Civil Veterinary Dept. Assam report 1927-50 - 1927-1950
Year: 1927
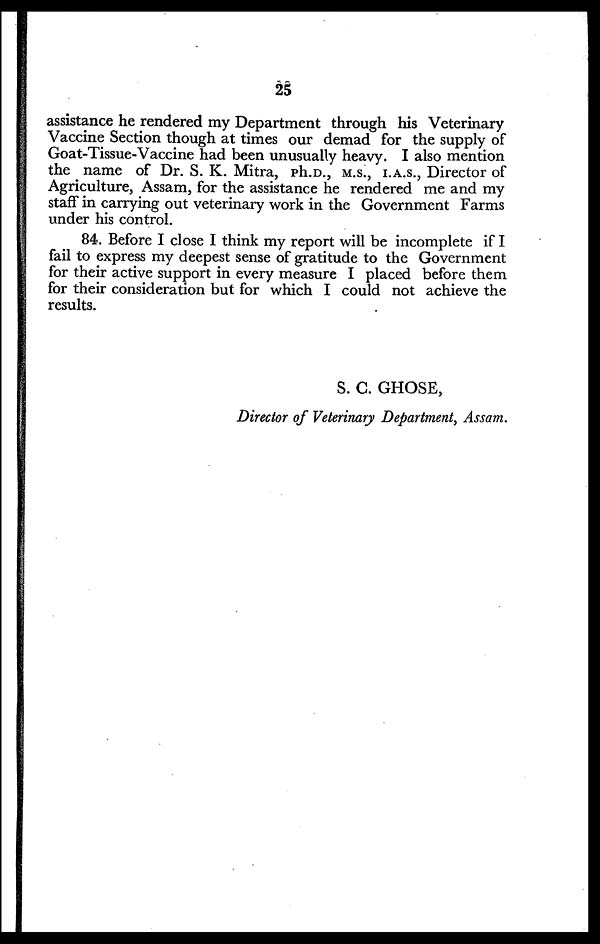
25
assistance he rendered my Department through his Veterinary
Vaccine Section though at times our demad for the supply of
Goat-Tissue-Vaccine had been unusually heavy. I also mention
the name of Dr. S. K. Mitra, Ph.D., M.S., I.A.S., Director of
Agriculture, Assam, for the assistance he rendered me and my
staff in carrying out veterinary work in the Government Farms
under his control.
84. Before I close I think my report will be incomplete if I
fail to express my deepest sense of gratitude to the Government
for their active support in every measure I placed before them
for their consideration but for which I could not achieve the
results.
S. C. GHOSE,
Director of Veterinary Department, Assam.